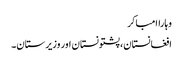
وہاراامباکر
افغانستان، پشتونستان اور وزیرستان۔